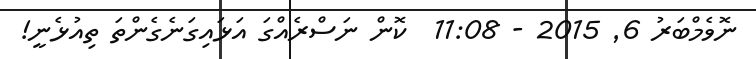
ނޮވެމްބަރު 6